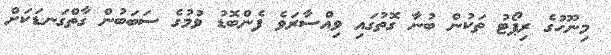
މިނޫހުގެ ރިޕޯޓު ތަކުން ބުނާ ގޮތުގައި ވިއްސާރަވެ ފެންބޮޑު ވުމުގެ ސަބަބުން ގާތްގަނޑަކަށް